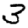
Digit: 3